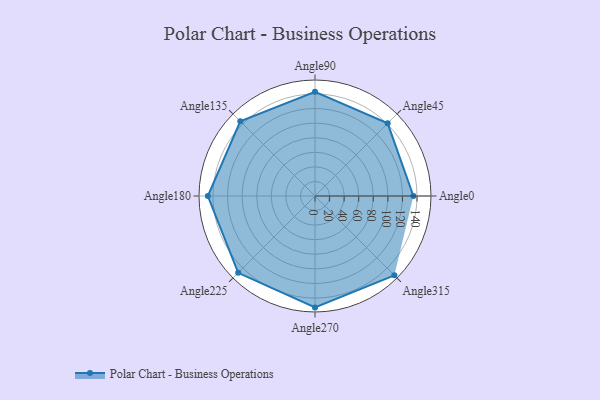
{"axis": {"x": "Angle", "y": "Radius"}, "legend": [""], "data": [{"x": "Angle0", "y": 135.0, "type": ""}, {"x": "Angle45", "y": 141.0, "type": ""}, {"x": "Angle90", "y": 143.0, "type": ""}, {"x": "Angle135", "y": 145.0, "type": ""}, {"x": "Angle180", "y": 147.0, "type": ""}, {"x": "Angle225", "y": 149.0, "type": ""}, {"x": "Angle270", "y": 153.0, "type": ""}, {"x": "Angle315", "y": 154.0, "type": ""}]}